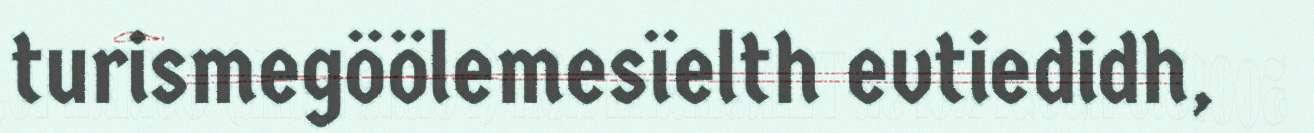
turismegöölemesïelth evtiedidh,